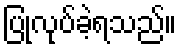
ပြုလုပ်ခဲ့ရသည်။